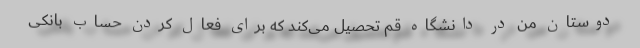
دوستان من در دانشگاه قم تحصیل می‌کند که برای فعال کردن حساب بانکی